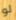
لو